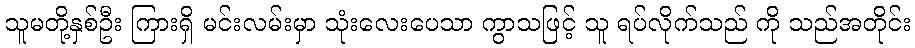
သူမတို့နှစ်ဦး ကြားရှိ မင်းလမ်းမှာ သုံးလေးပေသာ ကွာသဖြင့် သူ ရပ်လိုက်သည် ကို သည်အတိုင်း